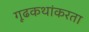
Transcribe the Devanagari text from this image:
गूढकथांकरता